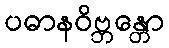
ပဓာနဝိဗ္ဘန္တော